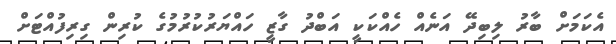
އެކަމަށް ބާރު ލިބިދޭ އަނެއް ހެއްކަކީ އަބްދު ގާޒީ ހައްޔަރުކުރުމުގެ ކުރިން ގިރިފުއްޓަށް